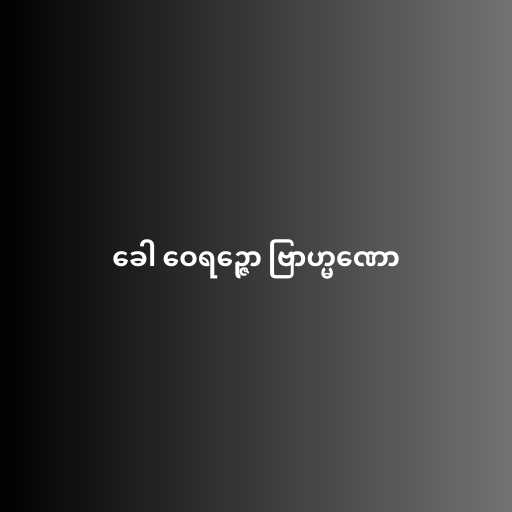
ခေါ ဝေရဉ္ဇော ဗြာဟ္မဏော